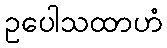
ဥပေါသထာဟံ